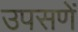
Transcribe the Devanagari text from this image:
उपसणें